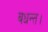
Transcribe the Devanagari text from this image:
बधन्त।